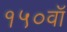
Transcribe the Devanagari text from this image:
१५०वॉ